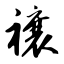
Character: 禳